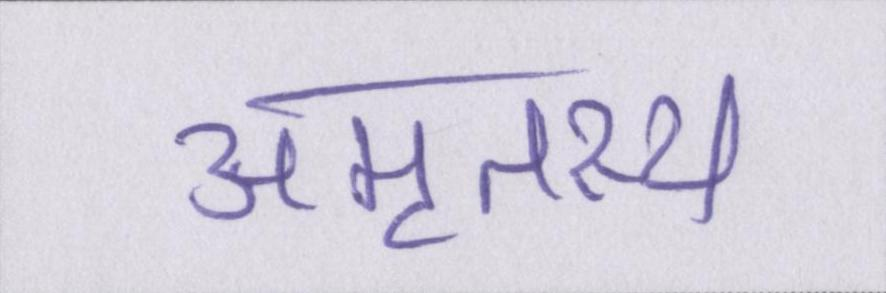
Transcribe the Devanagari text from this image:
अमृतस्य